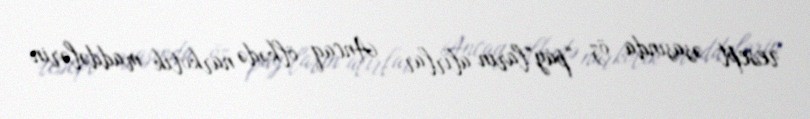
resept əsasında öz “pay”ların alırlar... Ancaq ölkədə narkotik maddələrin